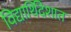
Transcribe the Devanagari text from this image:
विद्यार्थिदेशात